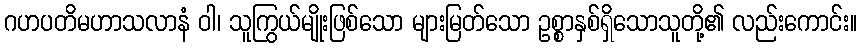
ဂဟပတိမဟာသလာနံ ဝါ၊ သူကြွယ်မျိုးဖြစ်သော များမြတ်သော ဥစ္စာနှစ်ရှိသောသူတို့၏ လည်းကောင်း။